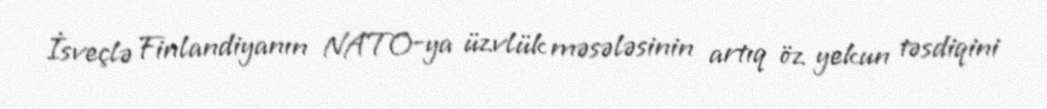
İsveçlə Finlandiyanın NATO-ya üzvlük məsələsinin artıq öz yekun təsdiqini